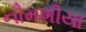
નૌમશીયા